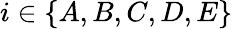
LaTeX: i\in\{ A,B,C,D,E\}